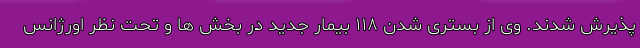
پذیرش شدند. وی از بستری شدن ۱۱۸ بیمار جدید در بخش ها و تحت نظر اورژانس